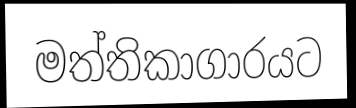
මත්තිකාගාරයට